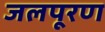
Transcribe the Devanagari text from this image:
जलपूरण